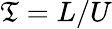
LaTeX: \mathfrak{T}=L/U